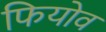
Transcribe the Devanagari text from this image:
फियोव